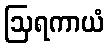
ဩရကာယံ